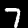
Label: 7